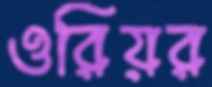
ওরিয়র